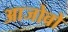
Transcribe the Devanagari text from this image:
आजोवो